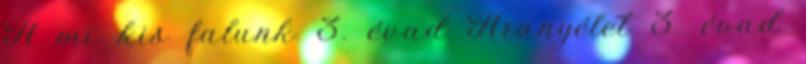
A mi kis falunk 3. évad Aranyélet 3. évad